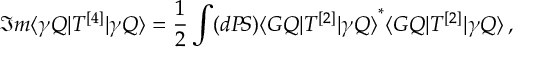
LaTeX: \Im m \langle \gamma Q | T ^ { [ 4 ] } | \gamma Q \rangle = \frac { 1 } { 2 } \int ( d P \! S ) { \langle G Q | T ^ { [ 2 ] } | \gamma Q \rangle } ^ { * } \langle G Q | T ^ { [ 2 ] } | \gamma Q \rangle \, ,